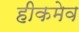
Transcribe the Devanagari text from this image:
हीकमेव